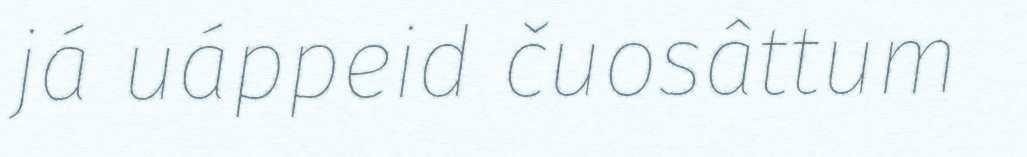
já uáppeid čuosâttum